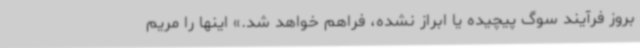
بروز فرآیند سوگ پیچیده یا ابراز نشده، فراهم خواهد شد.» اینها را مریم